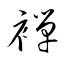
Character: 褝